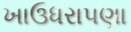
ખાઉધરાપણા